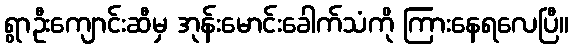
ရွာဦးကျောင်းဆီမှ အုန်းမောင်းခေါက်သံကို ကြားနေရလေပြီ။